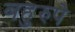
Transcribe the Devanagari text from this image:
बहुरुपे